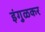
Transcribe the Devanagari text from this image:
इंगुळकर